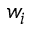
w _ { i }